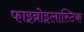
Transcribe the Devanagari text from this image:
फाइब्रोइलास्टिक